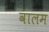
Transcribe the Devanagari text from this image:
वालम